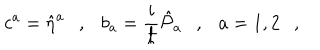
c ^ { a } = \hat { \eta } ^ { a } \ \ \ , \ \ \ b _ { a } = \frac { i } { \hbar } \hat { { \cal P } } _ { a } \ \ \ , \ \ \ a = 1 , 2 \ \ \ ,